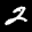
Label: 2